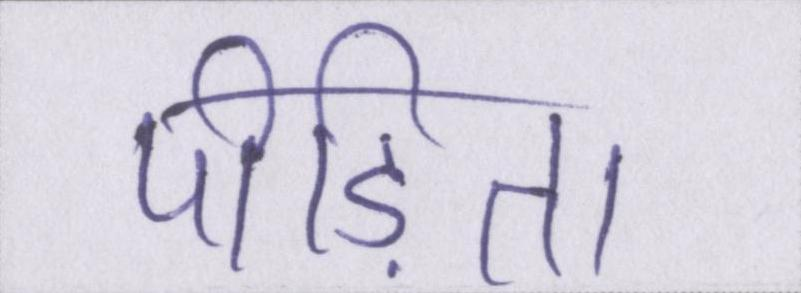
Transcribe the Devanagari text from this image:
पीड़िता